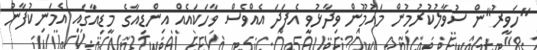
"ހަވީރު"ން ސުވާލުކުރުމުން މައުމޫން ވިދާޅުވީ އެފަދަ އެއްވެސް ވާހަކައެއް އިންޑިއާގެ މީޑިއާގައި އެމަނިކުފާނު